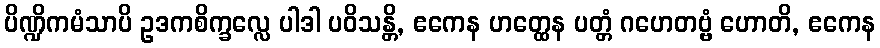
ပိဏ္ဍိကမံသာပိ ဥဒကစိက္ခလ္လေ ပါဒါ ပဝိသန္တိ, ဧကေန ဟတ္ထေန ပတ္တံ ဂဟေတဗ္ဗံ ဟောတိ, ဧကေန